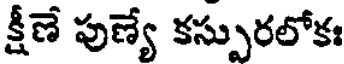
క్షీణే పుణ్యే కస్పురలోకః